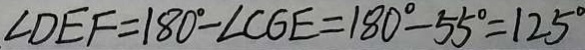
\angle D E F = 1 8 0 ^ { \circ } - \angle C G E = 1 8 0 ^ { \circ } - 5 5 ^ { \circ } = 1 2 5 ^ { \circ }